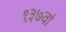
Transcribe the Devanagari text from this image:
१३७वां